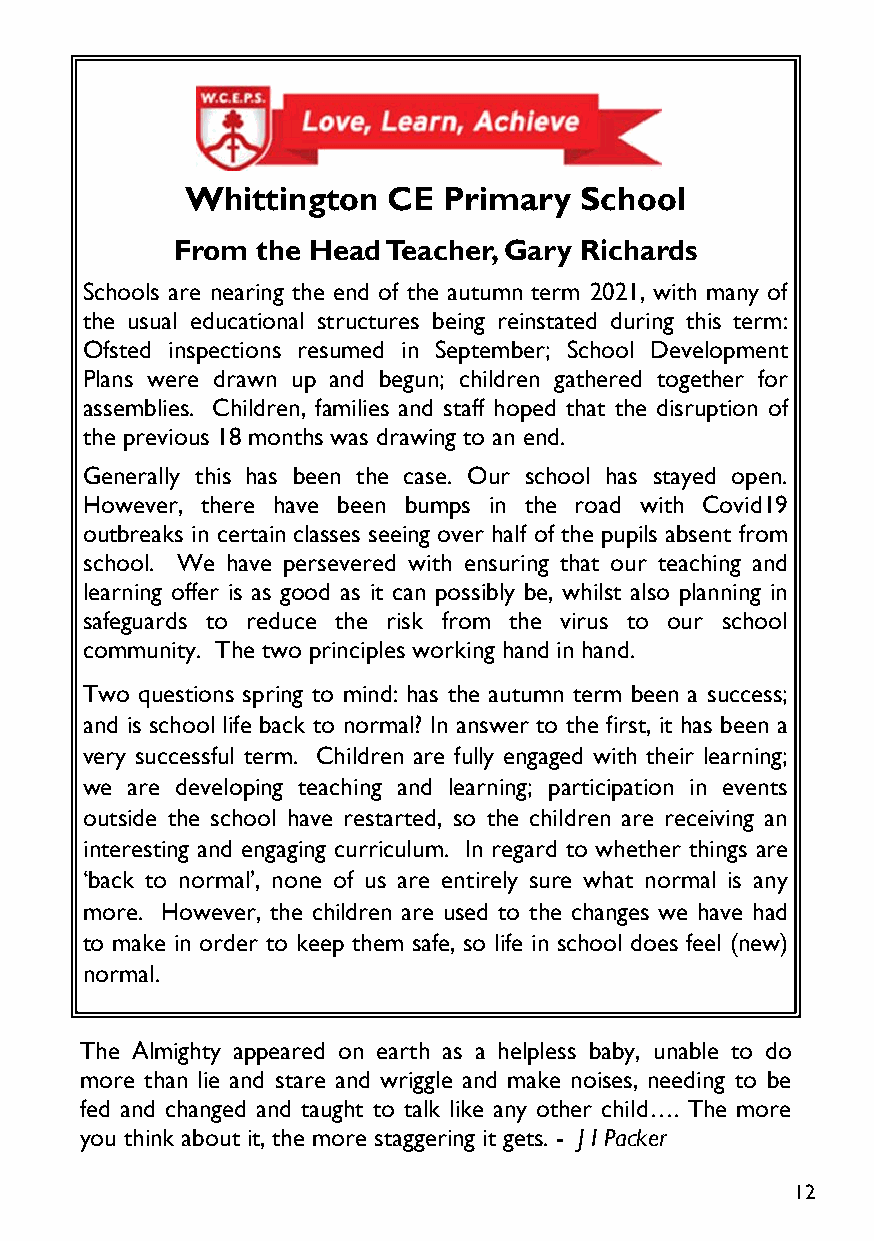
Whittington   CE Primary  School
 From  the Head Teacher, Gary Richards
 Schools are nearing the end of the autumn term 2021, with many of
 the usual educational structures being reinstated during this term:
 Ofsted inspections resumed in September; School Development
 Plans were drawn up and begun; children gathered together for
 assemblies. Children, families and staff hoped that the disruption of
 the previous 18 months was drawing to an end.
 Generally this has been the case. Our school has stayed open.
 However, there have been bumps in the road with Covid19
 outbreaks in certain classes seeing over half of the pupils absent from
 school. We have persevered with ensuring that our teaching and
 learning offer is as good as it can possibly be, whilst also planning in
 safeguards to reduce the risk from the virus to our school
 community. The two principles working hand in hand.
 Two questions spring to mind: has the autumn term been a success;
 and is school life back to normal? In answer to the first, it has been a
 very successful term. Children are fully engaged with their learning;
 we are developing teaching and learning; participation in events
 outside the school have restarted, so the children are receiving an
 interesting and engaging curriculum. In regard to whether things are
 ‘back to normal’, none of us are entirely sure what normal is any
 more. However, the children are used to the changes we have had
 to make in order to keep them safe, so life in school does feel (new)
 normal.
 The Almighty appeared on earth as a helpless baby, unable to do
 more than lie and stare and wriggle and make noises, needing to be
 fed and changed and taught to talk like any other child…. The more
 you think about it, the more staggering it gets. - J I Packer
 12